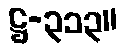
ဋ္ဌ-၃၁၃။